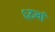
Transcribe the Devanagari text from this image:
६ठवां